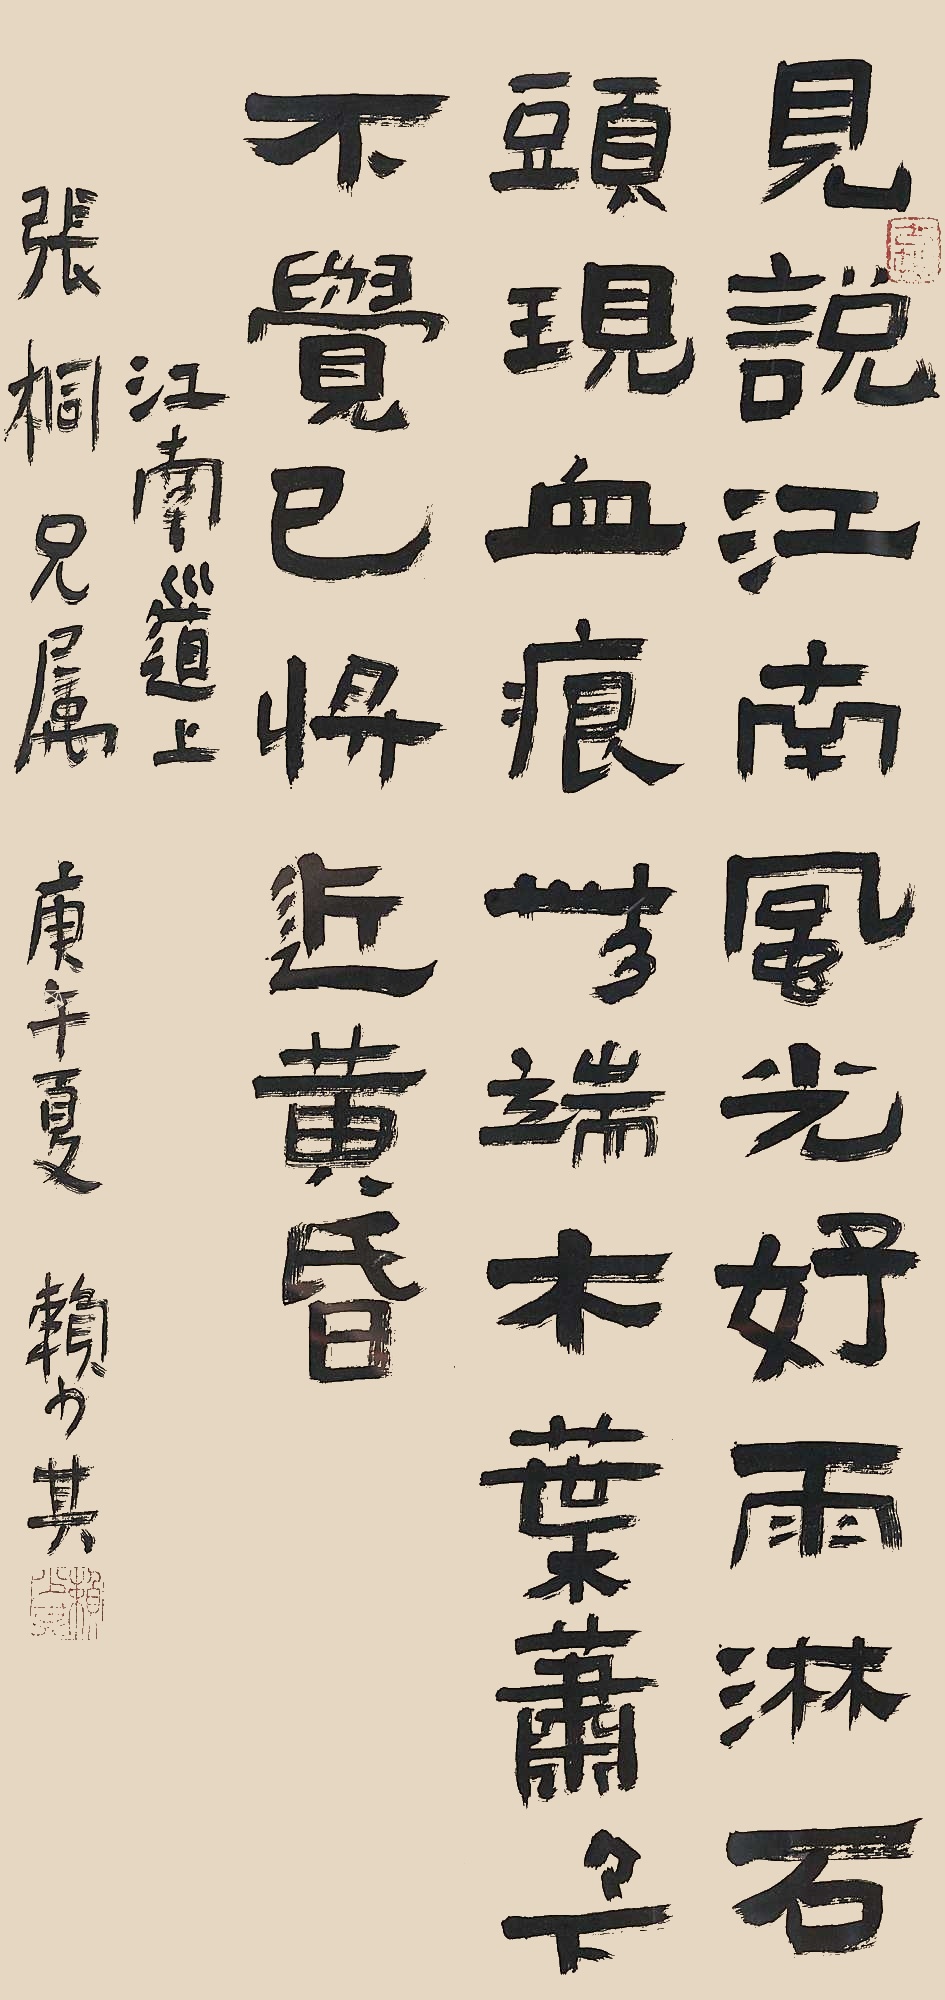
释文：说见江南风光好，雨淋石头见血痕。无端木叶萧萧下，不觉已将近黄昏。江南道上。张桐兄属。庚午（1990年）夏，赖少其。